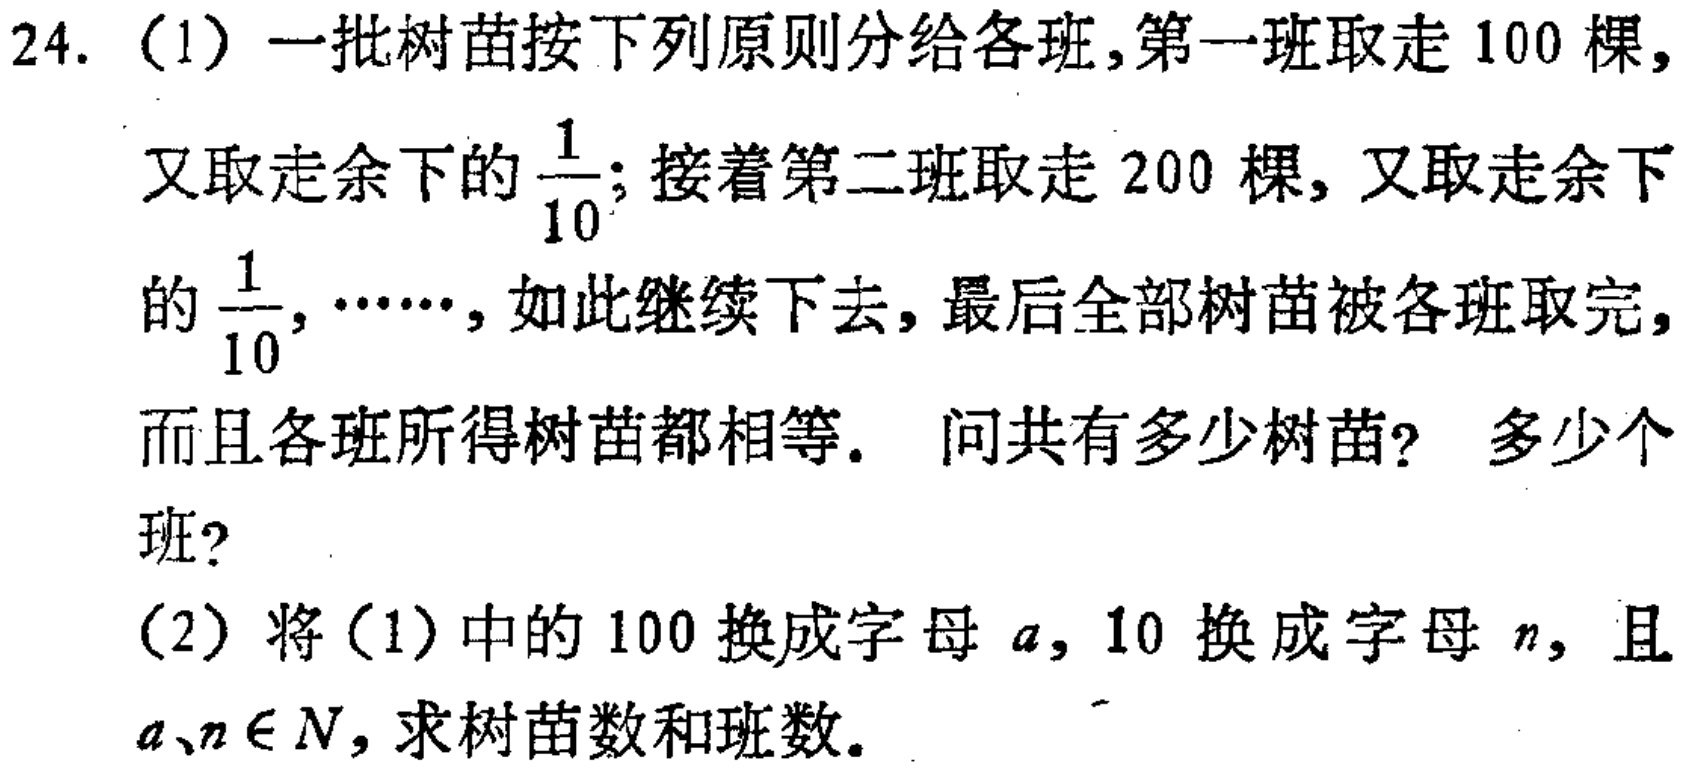
24. （1）一批树苗按下列原则分给各班，第一班取走 \(100\) 棵，又取走余下的 \(\frac{1}{10}\)；接着第二班取走 \(200\) 棵，又取走余下的 \(\frac{1}{10}\)，……，如此继续下去，最后全部树苗被各班取完，而且各班所得树苗都相等。问共有多少树苗？多少个班？
（2）将（1）中的 \(100\) 换成字母 \(a\)，\(10\) 换成字母 \(n\)，且 \(a、n\in N\)，求树苗数和班数。